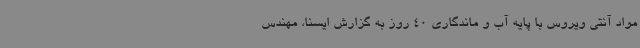
مواد آنتی ویروس با پایه آب و ماندگاری 40 روز به گزارش ایسنا، مهندس